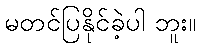
မတင်ပြနိုင်ခဲ့ပါ ဘူး။